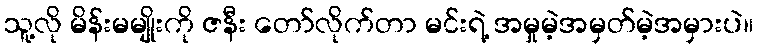
သူ့လို မိန်းမမျိုးကို ဇနီး တော်လိုက်တာ မင်းရဲ့ အမှုမဲ့အမှတ်မဲ့အမှားပဲ။